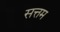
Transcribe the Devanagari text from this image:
सत्तम